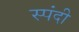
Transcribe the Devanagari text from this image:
स्पंदी